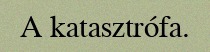
A katasztrófa.